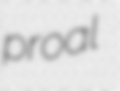
proal